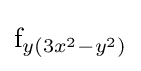
{\text{f}}_{y(3x^{2}-y^{2})}